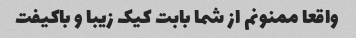
واقعا ممنونم از شما بابت کیک زیبا و باکیفت